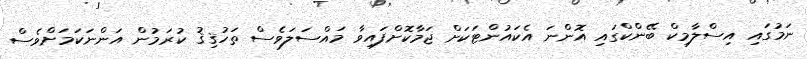
ނަމުގައި އިސްލާމިކް ބޭންކްގައި އޮންނަ އެކައުންޓަކަށް ޖަމާކޮށްފައިވާ މައްސަލަވެސް ތަހުޤިޤު ކުރަމުން އަންނަކަމަށްވެސް